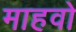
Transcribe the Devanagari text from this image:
माहवो